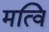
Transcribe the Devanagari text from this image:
मत्वि